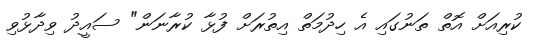
ކުރިއަށް އޮތް ތަނުގައި އެ ހިދުމަތް އިތުރަށް ފުޅާ ކުރާނަން" ސައީދު ވިދާޅުވި